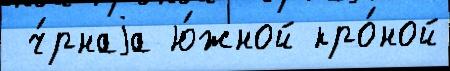
 ч́рнаjа ю́жной кро́ной